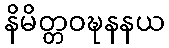
နိမိတ္တဝဍ္ဎနနယ